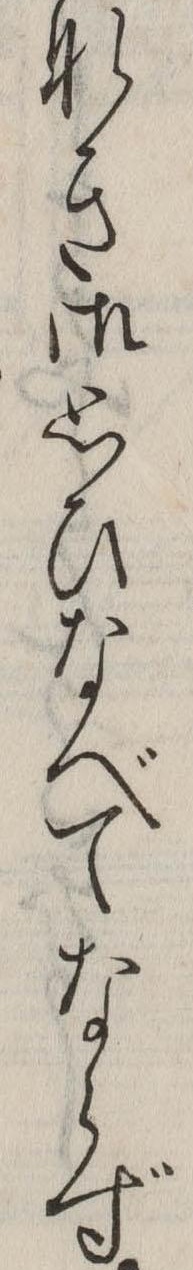
なき御思ひなべてならず